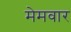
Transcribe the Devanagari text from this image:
मेमवार